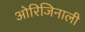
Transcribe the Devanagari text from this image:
ओरिजिनाली